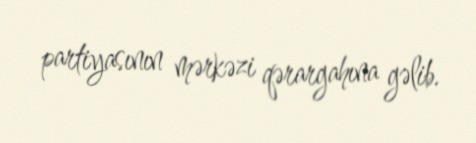
partiyasının mərkəzi qərargahına gəlib.